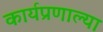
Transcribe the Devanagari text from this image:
कार्यप्रणाल्या